Annual report of the Imperial Bacteriologist
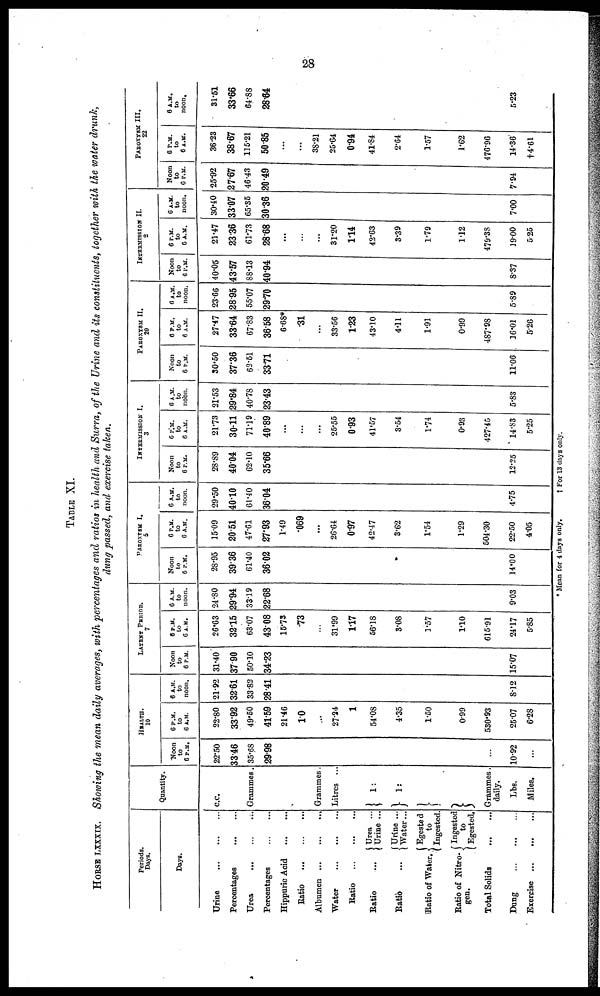
28
TABLE XI.
HORSE LXXXIX. Showing the mean daily averages, with percentages and ratios in health and Surra, of the Urine and its constituents, together with the water drunk,
dung passed, and exercise taken.
Periods.
Days.
Days.
Urine
Percentages
Urea
...
Percentages
Hippuric Acid
Ratio
...
Albumen ...
Water
Ratio
Ratio
Ratio
Ratio of Water.
Ratio of Nitro-
gen.
Total Solids
Dung
Exercise ...
...
{ Urea ...
Urine ...
{Urine ...
Water...
{Egested
to
Ingested.
{ Ingested
to
Egested.
Quantity.
C.C.
Grammes.
Grammes.
Litres ...
}1:
}1:
}
}
Grammes.
daily.
Lbs.
Miles.
Noon
to
6 P.M.
22.50
33.46
35.68
29.98
...
10.92
...
HEALTH.
10
6 P.M.
to
6 A.M.
22.80
33.92
49.50
41.59
21.46
1.0
...
27.24
1
54.08
4.35
1.50
0.99
530.93
25.07
6.28
6 A.M.
to
noon.
21.92
32.61
33.82
28 .41
8.12
LATENT PERIOD.
7
Noon
to
6 P.M.
31.40
37.90
50.10
34.23
15.07
6 P.M.
to
6 A.M.
26.63
32.15
63.07
43.08
15.73
.73
31.99
1.17
56.18
3.08
1.57
1.10
615.91
24.17
5.85
6 A.M.
to
noon.
24.80
29.94
33.19
22.68
9.03
PAROXYSM I.
5
Noon
to
6 P.M.
28.95
39.36
61.40
36.02
14.00
6 P.M.
to
6 A.M.
15.09
20.51
47.61
27.93
1.49
.069
...
26.64
0.97
42.47
3.62
1.54
1.29
504.30
22.50
4.05
6 A.M.
to
noon.
29.50
40.10
61.40
36.04
4.75
INTERMISSION I.
3
Noon
to
6 P.M.
28.89
40.04
62.10
35.66
12.25
6 P.M.
to
6 A.M.
21.73
30.11
71.19
40.89
...
...
...
25.55
0.93
41.57
3.54
1.74
0.93
427.45
14.83
5.25
6 A.M.
to
noon.
21.53
29.84
40.78
23.43
5.83
PAROXYSM II
20
Noon
to
6 P.M.
30.50
37.36
62.51
33.71
11.06
6 P.M.
to
6 A.M.
27.47
33.64
67.83
36.58
6.68*
.31
...
33.56
1.23
43.10
4.11
1.91
0.99
487.98
16.01
5.26
6 A.M.
to
noon.
23.66
28.95
55.07
29.70
5.89
INTERMISSION II.
2
Noon
to
6 P.M.
40.05
43.57
88.13
40.94
8.37
6 P.M.
to
6 A.M.
21.47
23 .36
61.73
28.68
...
...
...
31.20
1.14
42.63
3.39
1.79
1.12
479.38
19.00
5.25
6 A.M.
to
noon.
30.40
33.07
65.35
30.36
7.00
Noon
to
6 P.M.
25.92
27.67
46.43
20.49
7.94
PAROXYSM III.
22
6 P.M.
to
6 A.M.
36.23
38.67
115.21
50.85
...
...
38.21
25.64
0.94
41.84
2.64
1.57
1.62
476.96
14.36
†4.61
6 A.M.
to
noon.
31.51
33.66
64.88
28.64
5.23
* Mean for 4 days only, † For 13 days only.